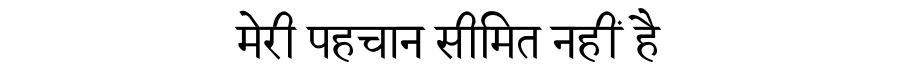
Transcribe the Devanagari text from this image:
मेरी पहचान सीमित नहीं है